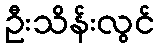
ဦးသိန်းလွင်